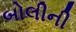
બોલીની